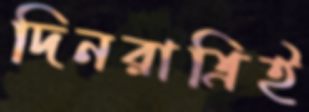
দিনরাত্রিই